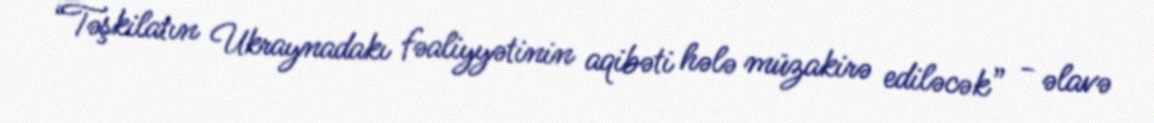
“Təşkilatın Ukraynadakı fəaliyyətinin aqibəti hələ müzakirə ediləcək” - əlavə